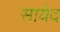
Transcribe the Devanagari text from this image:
सायेद